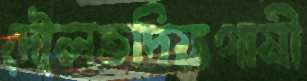
দৌলতদিয়াগামী